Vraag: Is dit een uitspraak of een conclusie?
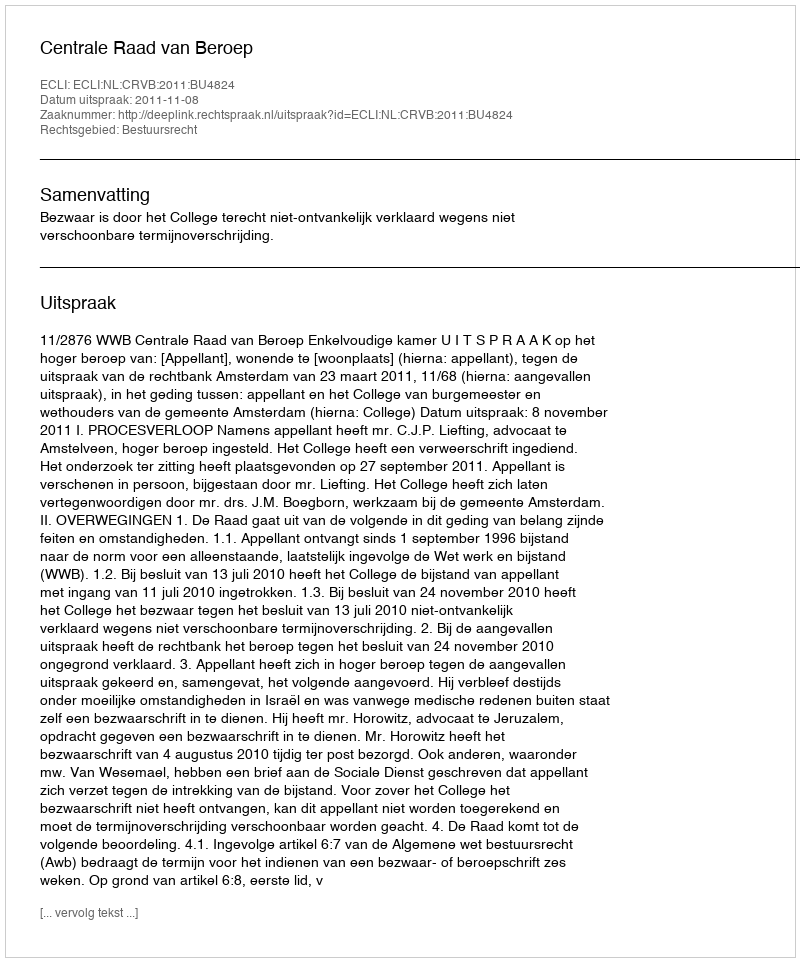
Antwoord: Uitspraak